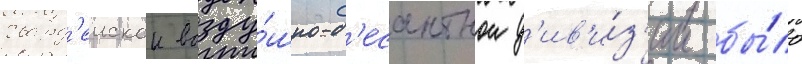
гвард'еискои возду́шно-д'есантнои д'ив'и́з'ии бы́ло